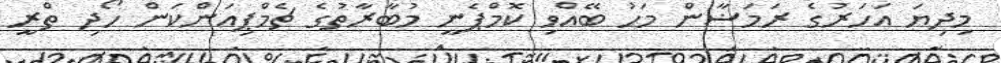
މިދިޔަ އަހަރުގެ ރަމަޟާން މަހު ބޭއްވި ކޮމްޕެނީ މުބާރާތުގެ ޗެމްޕިއަންކަން ހޯދި ތްރީ